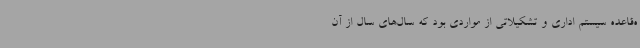
ه‌قاعده سیستم اداری و تشکیلاتی از مواردی بود که سال‌های سال از آن